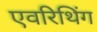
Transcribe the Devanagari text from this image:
एवरिथिंग